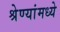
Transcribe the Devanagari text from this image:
श्रेण्यांमध्ये